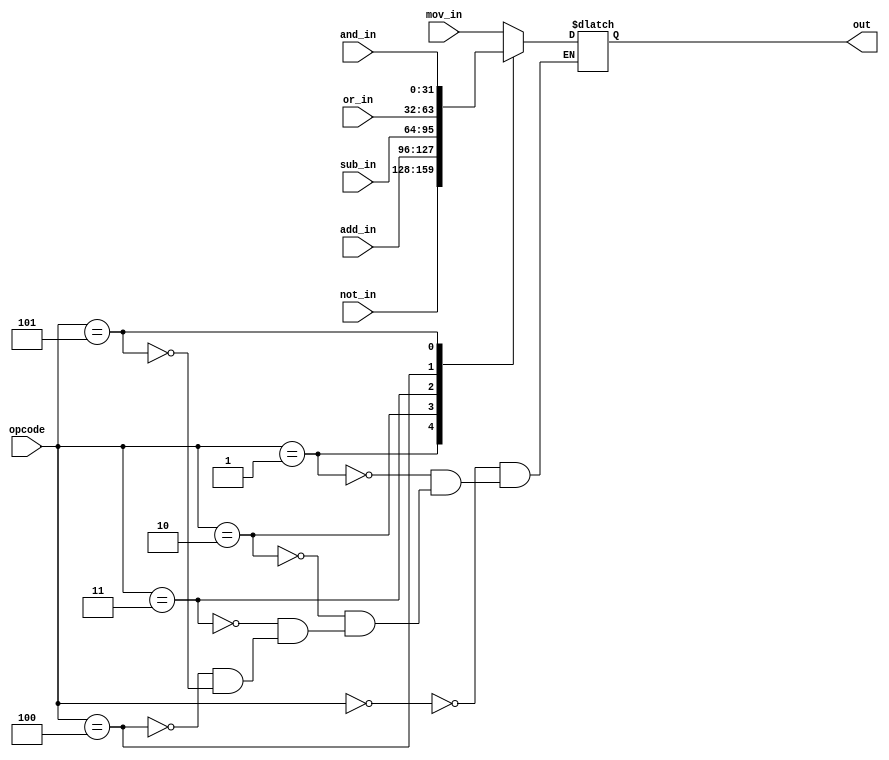
`timescale 1ns / 1ps
//////////////////////////////////////////////////////////////////////////////////
// Company: 
// Engineer: 
// 
// Design Name: 
// Module Name: alumux
// Project Name: 
// Target Devices: 
// Tool Versions: 
// Description: 
// 
// Dependencies: 
// 
// Revision:
// Revision 0.01 - File Created
// Additional Comments:
// 
//////////////////////////////////////////////////////////////////////////////////


module alu_mux (out, mov_in, not_in, add_in, sub_in, or_in, and_in, opcode);

parameter N = 32;

output reg [N-1:0] out;
input [N-1:0] mov_in, not_in, add_in, sub_in, or_in, and_in;
input [2:0] opcode;

always @ (opcode or mov_in or not_in or add_in or sub_in or or_in or and_in)
begin
case (opcode)
		3'b000 : out = mov_in;
        3'b001 : out = not_in;
        3'b010 : out = add_in;
        3'b011 : out = sub_in;
        3'b100 : out = or_in;
        3'b101 : out = and_in;
endcase
end
endmodule